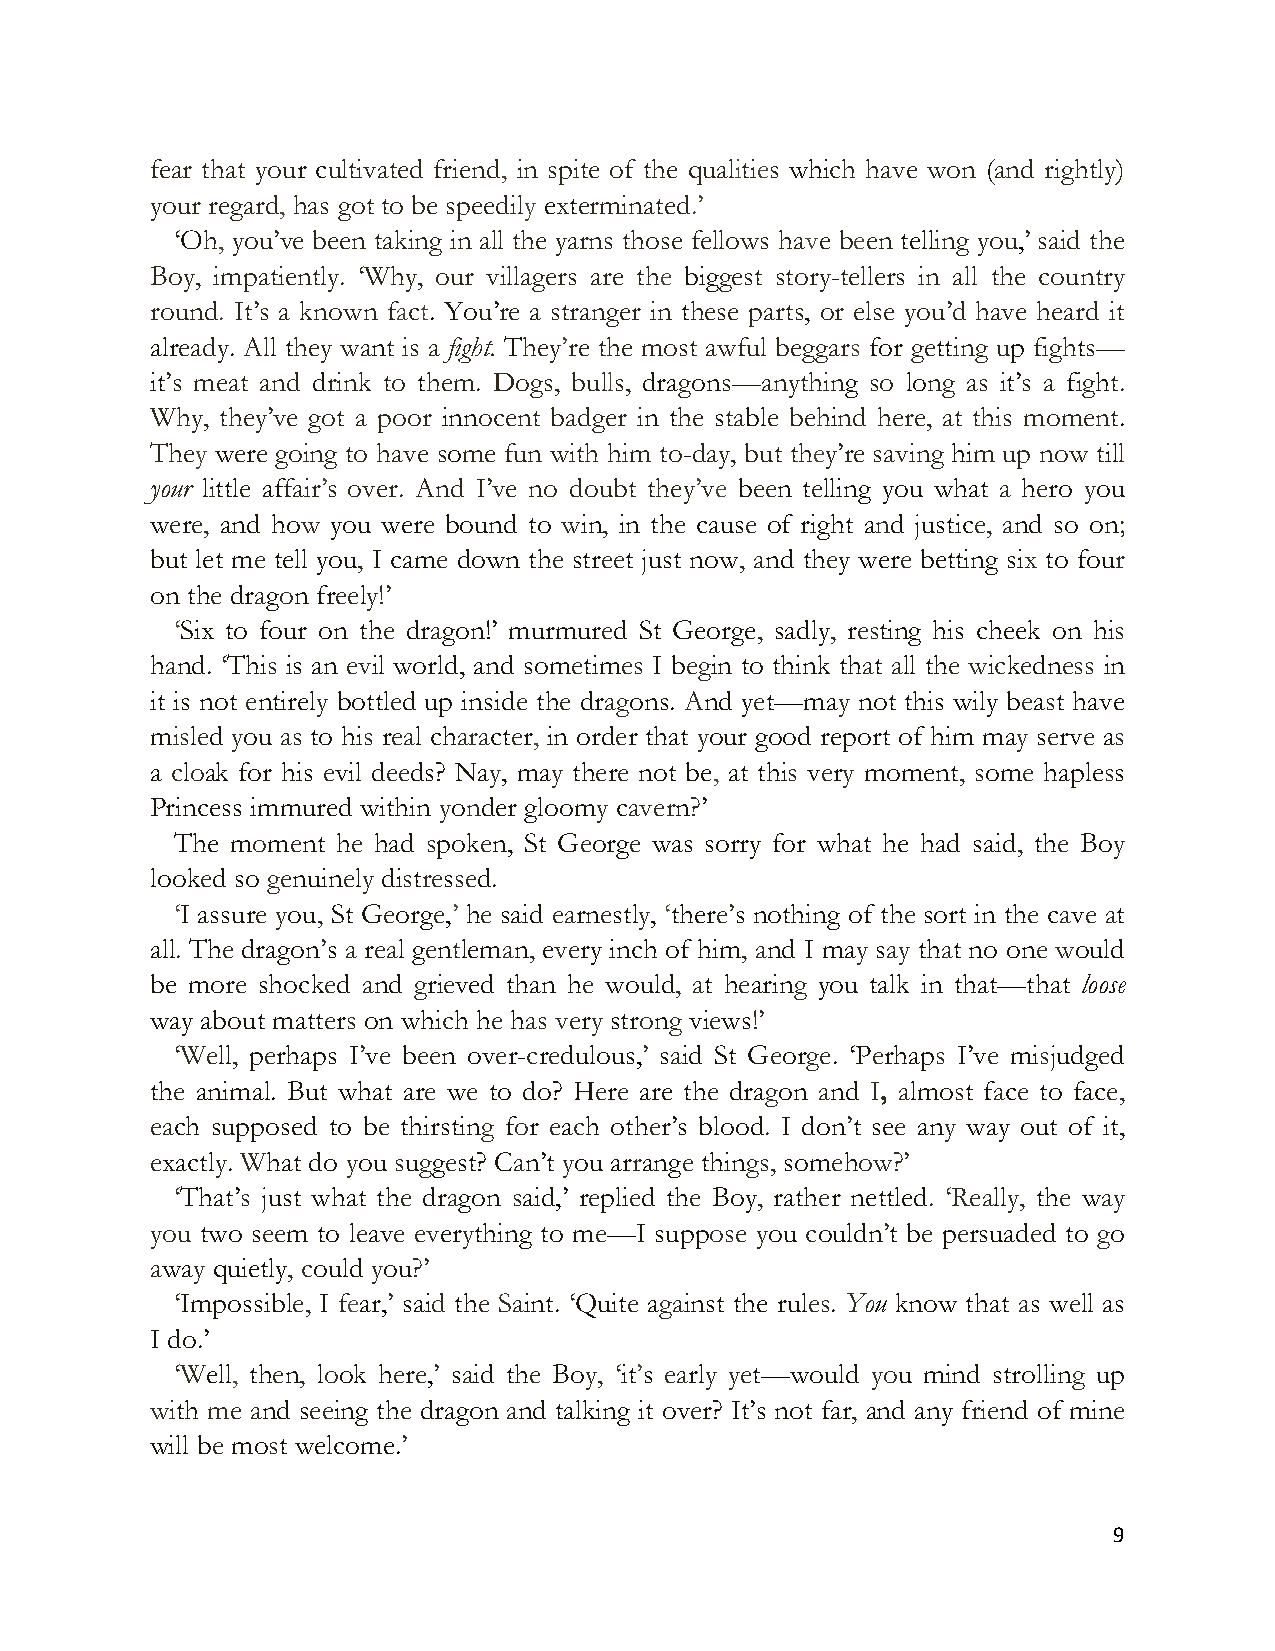
fear that your cultivated friend, in spite of the qualities which have won (and rightly)
 your regard, has got to be speedily exterminated.’
 ‘Oh, you’ve been taking in all the yarns those fellows have been telling you,’ said the
 Boy, impatiently. ‘Why, our villagers are the biggest story-tellers in all the country
 round. It’s a known fact. You’re a stranger in these parts, or else you’d have heard it
 already. All they want is a fight. They’re the most awful beggars for getting up fights—
 it’s meat and drink to them. Dogs, bulls, dragons—anything so long as it’s a fight.
 Why, they’ve got a poor innocent badger in the stable behind here, at this moment.
 They were going to have some fun with him to-day, but they’re saving him up now till
 your little affair’s over. And I’ve no doubt they’ve been telling you what a hero you
 were, and how you were bound to win, in the cause of right and justice, and so on;
 but let me tell you, I came down the street just now, and they were betting six to four
 on the dragon freely!’
 ‘Six to four on the dragon!’ murmured St George, sadly, resting his cheek on his
 hand. ‘This is an evil world, and sometimes I begin to think that all the wickedness in
 it is not entirely bottled up inside the dragons. And yet—may not this wily beast have
 misled you as to his real character, in order that your good report of him may serve as
 a cloak for his evil deeds? Nay, may there not be, at this very moment, some hapless
 Princess immured within yonder gloomy cavern?’
 The moment he had spoken, St George was sorry for what he had said, the Boy
 looked so genuinely distressed.
 ‘I assure you, St George,’ he said earnestly, ‘there’s nothing of the sort in the cave at
 all. The dragon’s a real gentleman, every inch of him, and I may say that no one would
 be more shocked and grieved than he would, at hearing you talk in that—that loose
 way about matters on which he has very strong views!’
 ‘Well, perhaps I’ve been over-credulous,’ said St George. ‘Perhaps I’ve misjudged
 the animal. But what are we to do? Here are the dragon and I, almost face to face,
 each supposed to be thirsting for each other’s blood. I don’t see any way out of it,
 exactly. What do you suggest? Can’t you arrange things, somehow?’
 ‘That’s just what the dragon said,’ replied the Boy, rather nettled. ‘Really, the way
 you two seem to leave everything to me—I suppose you couldn’t be persuaded to go
 away quietly, could you?’
 ‘Impossible, I fear,’ said the Saint. ‘Quite against the rules. You know that as well as
 I do.’
 ‘Well, then, look here,’ said the Boy, ‘it’s early yet—would you mind strolling up
 with me and seeing the dragon and talking it over? It’s not far, and any friend of mine
 will be most welcome.’
 *"
 "